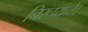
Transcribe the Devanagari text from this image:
निरूप्यन्ते।